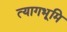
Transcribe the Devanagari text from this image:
त्यागभूमि